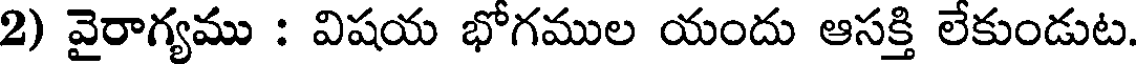
2) వైరాగ్యము : విషయ భోగముల యందు ఆసక్తి లేకుండుట